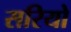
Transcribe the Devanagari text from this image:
सरियो